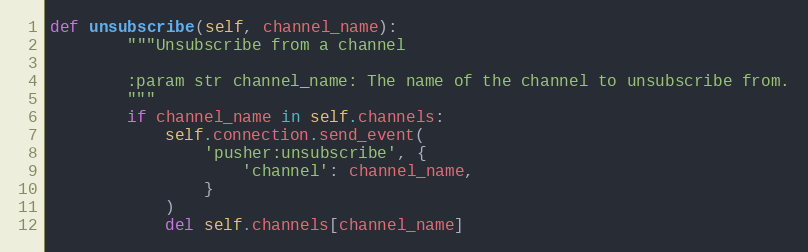
Language: Python
def unsubscribe(self, channel_name):
        """Unsubscribe from a channel

        :param str channel_name: The name of the channel to unsubscribe from.
        """
        if channel_name in self.channels:
            self.connection.send_event(
                'pusher:unsubscribe', {
                    'channel': channel_name,
                }
            )
            del self.channels[channel_name]